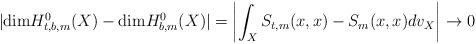
LaTeX: \begin{align*}|{\rm dim}H^0_{t, b, m}(X)-{\rm dim}H^0_{b, m}(X)|=\left|\int_XS_{t, m}(x, x)-S_m(x, x)dv_X\right|\rightarrow0\end{align*}